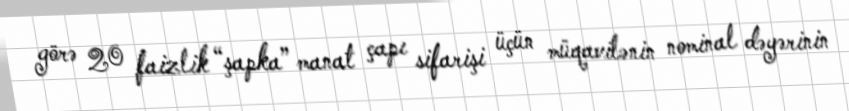
görə 20 faizlik “şapka” manat çapı sifarişi üçün müqavilənin nominal dəyərinin